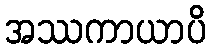
အဿကာယာပိ